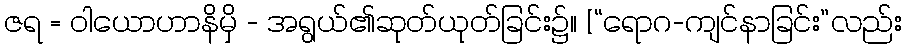
ဇရ = ဝါယောဟာနိမှိ - အရွယ်၏ဆုတ်ယုတ်ခြင်း၌။ [“ရောဂ-ကျင်နာခြင်း”လည်း